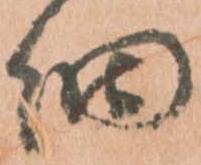
細